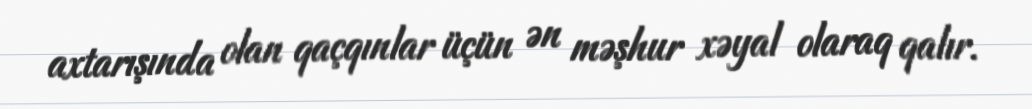
axtarışında olan qaçqınlar üçün ən məşhur xəyal olaraq qalır.